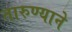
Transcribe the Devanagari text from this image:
तारुण्याने